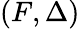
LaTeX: (F,\Delta)